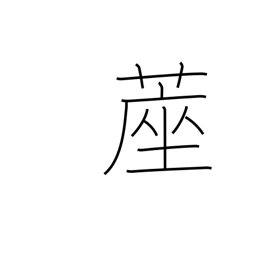
Meaning: matting